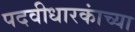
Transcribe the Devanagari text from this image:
पदवीधारकांच्या